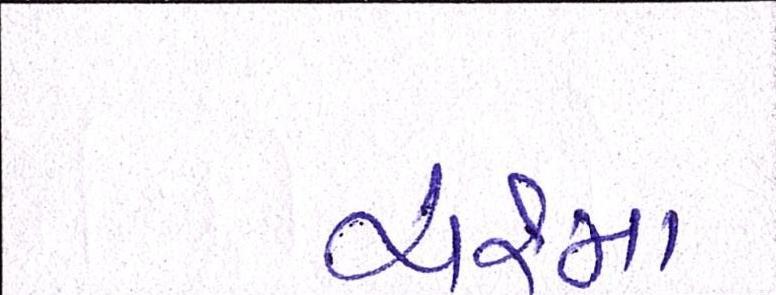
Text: ચશ્મા